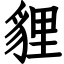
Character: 貍